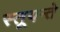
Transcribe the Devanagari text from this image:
स्तूयन्ते